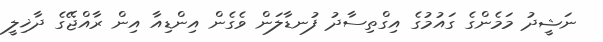
ނަޝީދު މަމެންގެ ގައުމުގެ އިގްތިސާދު ފުނޑާލަން ވެގެން އިންޑިއާ އިން ރާއްޖޭގެ ދާޚިލީ